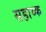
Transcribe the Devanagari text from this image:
सहाय्क